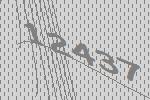
12437